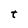
Character: t